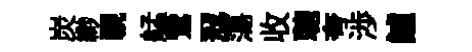
炭緲視艋鷥冦蕩收聴夸渉鱸